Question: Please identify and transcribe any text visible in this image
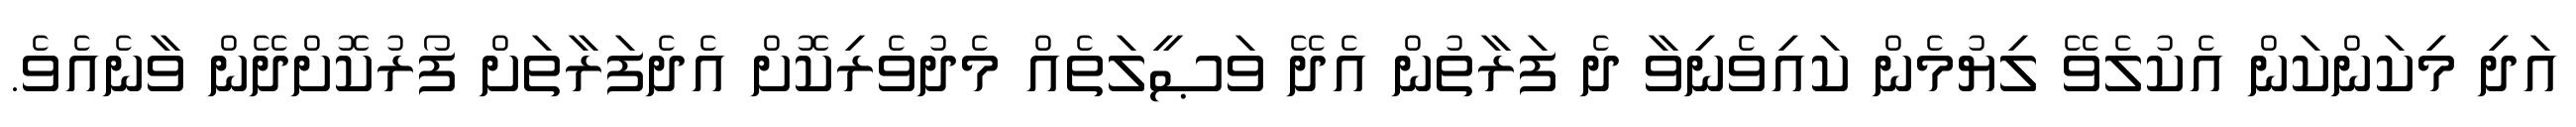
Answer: އަދި މިކަންކަން އެކުލެވޭ ލިޔުމެން ކައިވެނިވާ ދެ ފަރާތުން އެދޭ ވަޞީލަތެއް މެދުވެރިކޮށް އެދެފަރާތަށް ފޯރުކޮށްދޭން ވާނެއެވެ.